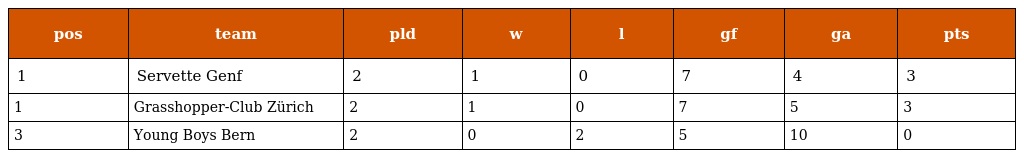
| pos | team | pld | w | l | gf | ga | pts |
 | --- | --- | --- | --- | --- | --- | --- | --- |
 | 1 | Servette Genf | 2 | 1 | 0 | 7 | 4 | 3 |
 | 1 | Grasshopper-Club Zürich | 2 | 1 | 0 | 7 | 5 | 3 |
 | 3 | Young Boys Bern | 2 | 0 | 2 | 5 | 10 | 0 |